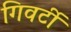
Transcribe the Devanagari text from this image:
गिवर्टी